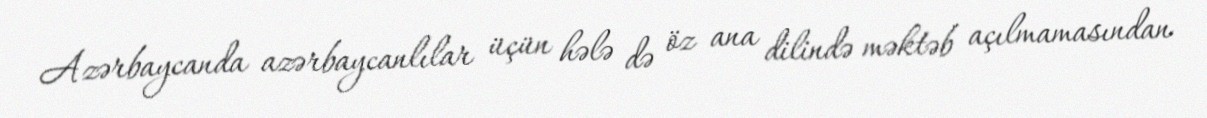
Azərbaycanda azərbaycanlılar üçün hələ də öz ana dilində məktəb açılmamasından